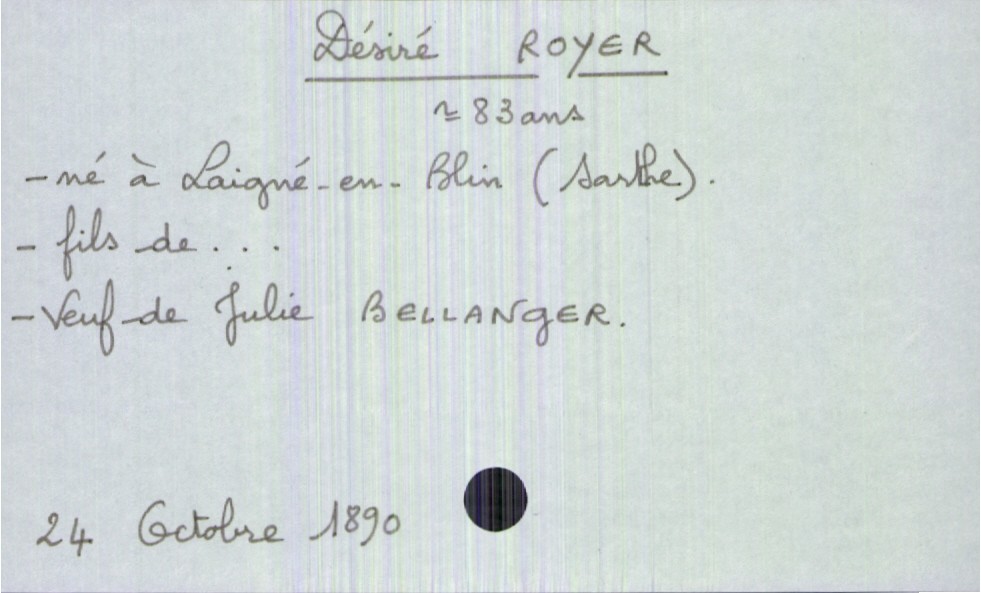
type_acte: Décès
année: 1890
mois: octobre
jour: 24
défunt_nom: Royer
défunt_prénom: Désiré
défunt_sexe: H
défunt_âge: 83 ans
défunt_lieu_de_naissance: Laigné-en-Blin (Sarthe)
défunt_statut: veuf(ve)